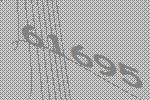
61695